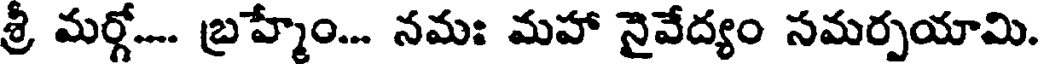
శ్రీ మర్గో... బ్రహ్మేం... నమః మహా నైవేద్యం సమర్పయామి.